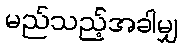
မည်သည့်အခါမျှ